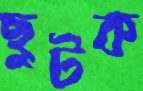
ছুটক